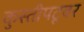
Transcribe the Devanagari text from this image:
कुस्तीपटूवर